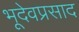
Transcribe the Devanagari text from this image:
भूदेवप्रसाद